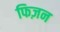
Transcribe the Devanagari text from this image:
फिज़न